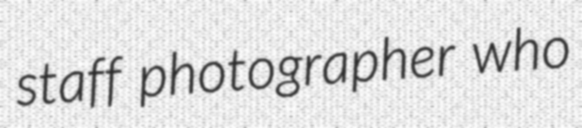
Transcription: staff photographer who